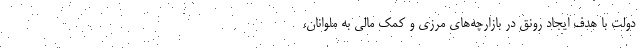
دولت با هدف ایجاد رونق در بازارچه‌های مرزی و کمک مالی به ملوانان،